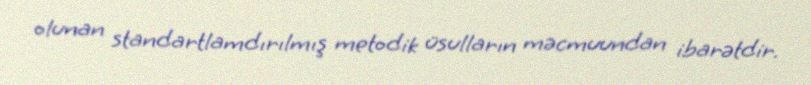
olunan standartlamdırılmış metodik üsulların məcmuundan ibarətdir.